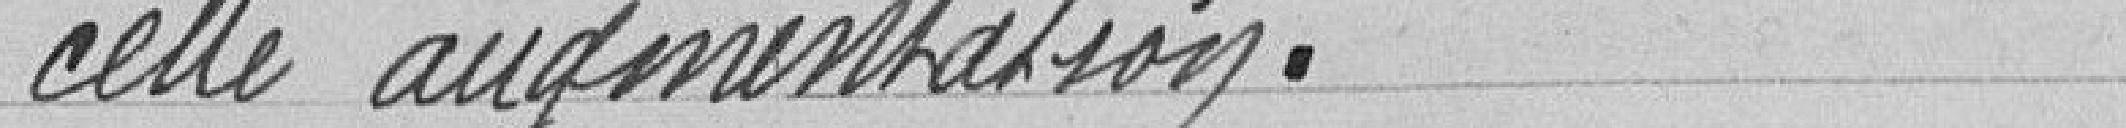
cette augmentation